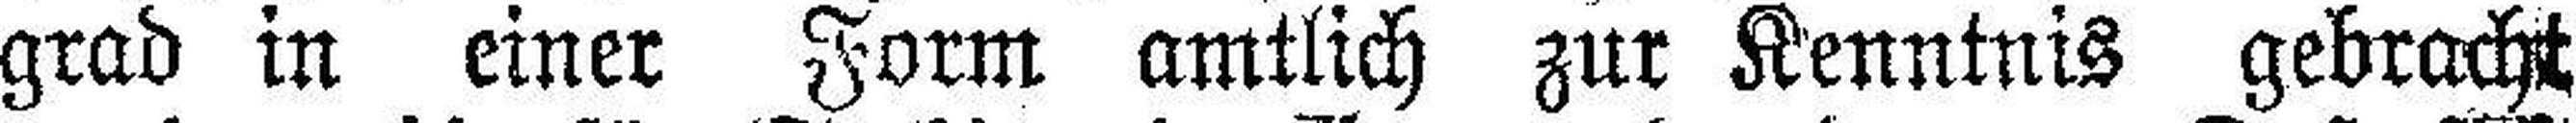
grad in einer Form amtlich zur Kenntnis gebracht